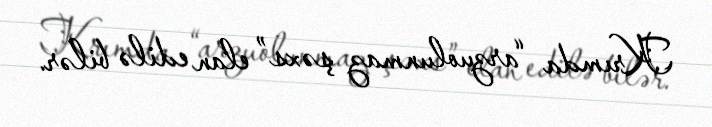
Krımda “arzuolunmaz şəxs” elan edilə bilər.